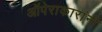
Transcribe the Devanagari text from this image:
ऑपेराकारांनी